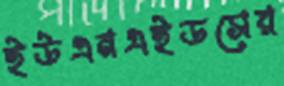
ইউএনএইডসের